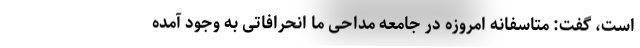
است، گفت: متاسفانه امروزه در جامعه مداحی ما انحرافاتی به وجود آمده